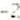
-2